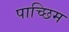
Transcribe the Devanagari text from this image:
पाच्छिम